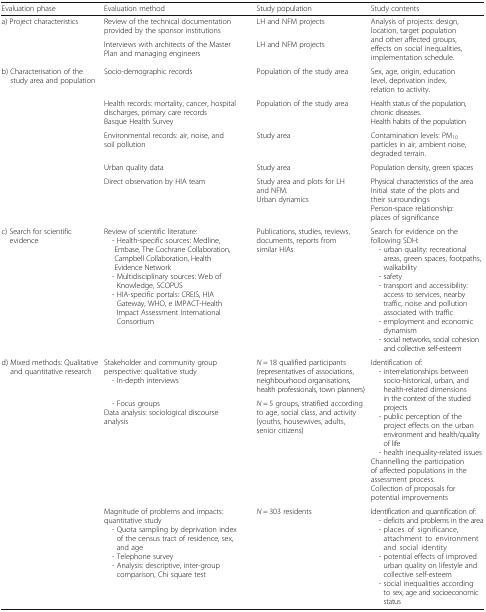
<table><thead><tr><td><b>Evaluation phase</b></td><td><b>Evaluation method</b></td><td><b>Study population</b></td><td><b>Study contents</b></td></tr></thead><tbody><tr><td rowspan="2">a) Project characteristics</td><td>Review of the technical documentation provided by the sponsor institutions</td><td>LH and NFM projects</td><td rowspan="2">Analysis of projects: design, location, target population and other affected groups, effects on social inequalities, implementation schedule.</td></tr><tr><td>Interviews with architects of the Master Plan and managing engineers</td><td>LH and NFM projects</td></tr><tr><td rowspan="5">b) Characterisation of the study area and population</td><td>Socio-demographic records</td><td>Population of the study area</td><td>Sex, age, origin, education level, deprivation index, relation to activity.</td></tr><tr><td>Health records: mortality, cancer, hospital discharges, primary care recordsBasque Health Survey</td><td>Population of the study area</td><td>Health status of the population, chronic diseases.Health habits of the population</td></tr><tr><td>Environmental records: air, noise, and soil pollution</td><td>Study area</td><td>Contamination levels: PM<sub>10</sub> particles in air, ambient noise, degraded terrain.</td></tr><tr><td>Urban quality data</td><td>Study area</td><td>Population density, green spaces</td></tr><tr><td>Direct observation by HIA team</td><td>Study area and plots for LH and NFM.Urban dynamics</td><td>Physical characteristics of the areaInitial state of the plots and their surroundingsPerson-space relationship: places of significance</td></tr><tr><td>c) Search for scientific evidence</td><td>Review of scientific literature: - Health-specific sources: Medline, Embase, The Cochrane Collaboration, Campbell Collaboration, Health Evidence Network - Multidisciplinary sources: Web of Knowledge, SCOPUS - HIA-specific portals: CREIS, HIA Gateway, WHO, e IMPACT-Health Impact Assessment International Consortium</td><td>Publications, studies, reviews, documents, reports from similar HIAs</td><td>Search for evidence on the following SDH: - urban quality: recreational areas, green spaces, footpaths, walkability - safety - transport and accessibility: access to services, nearby traffic, noise and pollution associated with traffic - employment and economic dynamism - social networks, social cohesion and collective self-esteem</td></tr><tr><td rowspan="3">d) Mixed methods: Qualitative and quantitative research</td><td>Stakeholder and community group perspective: qualitative study - In-depth interviews</td><td><i>N</i> = 18 qualified participants (representatives of associations, neighbourhood organisations, health professionals, town planners)</td><td rowspan="2">Identification of: - interrelationships between socio-historical, urban, and health-related dimensions in the context of the studied projects - public perception of the project effects on the urban environment and health/quality of life - health inequality-related issuesChannelling the participation of affected populations in the assessment process.Collection of proposals for potential improvements</td></tr><tr><td> - Focus groupsData analysis: sociological discourse analysis</td><td><i>N</i> = 5 groups, stratified according to age, social class, and activity (youths, housewives, adults, senior citizens)</td></tr><tr><td>Magnitude of problems and impacts: quantitative study - Quota sampling by deprivation index of the census tract of residence, sex, and age - Telephone survey - Analysis: descriptive, inter-group comparison, Chi square test</td><td><i>N</i> = 303 residents</td><td>Identification and quantification of: - deficits and problems in the area - places of significance, attachment to environment and social identity - potential effects of improved urban quality on lifestyle and collective self-esteem - social inequalities according to sex, age and socioeconomic status</td></tr></tbody></table>